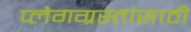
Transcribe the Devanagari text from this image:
प्लेगग्रस्तांसाठी